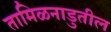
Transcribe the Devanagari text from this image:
तामिळनाडुतील